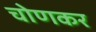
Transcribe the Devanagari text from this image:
चोणकर